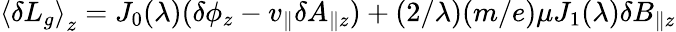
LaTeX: \left\langle\delta L_{g}\right\rangle_{z}=J_{0}(\lambda)(\delta\phi_{z}-v_{\parallel}\delta A_{\parallel z})+(2/\lambda)(m/e)\mu J_{1}(\lambda)\delta B_{\parallel z}